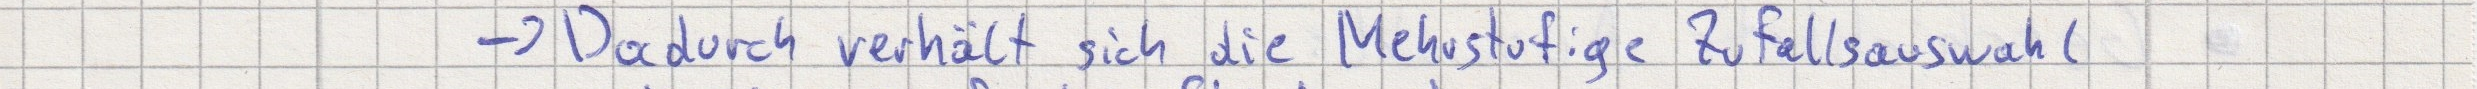
-> Dadurch verhält sich die Mehrstufige Zufallsauswahl